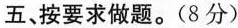
五、按要求做题。(8分)